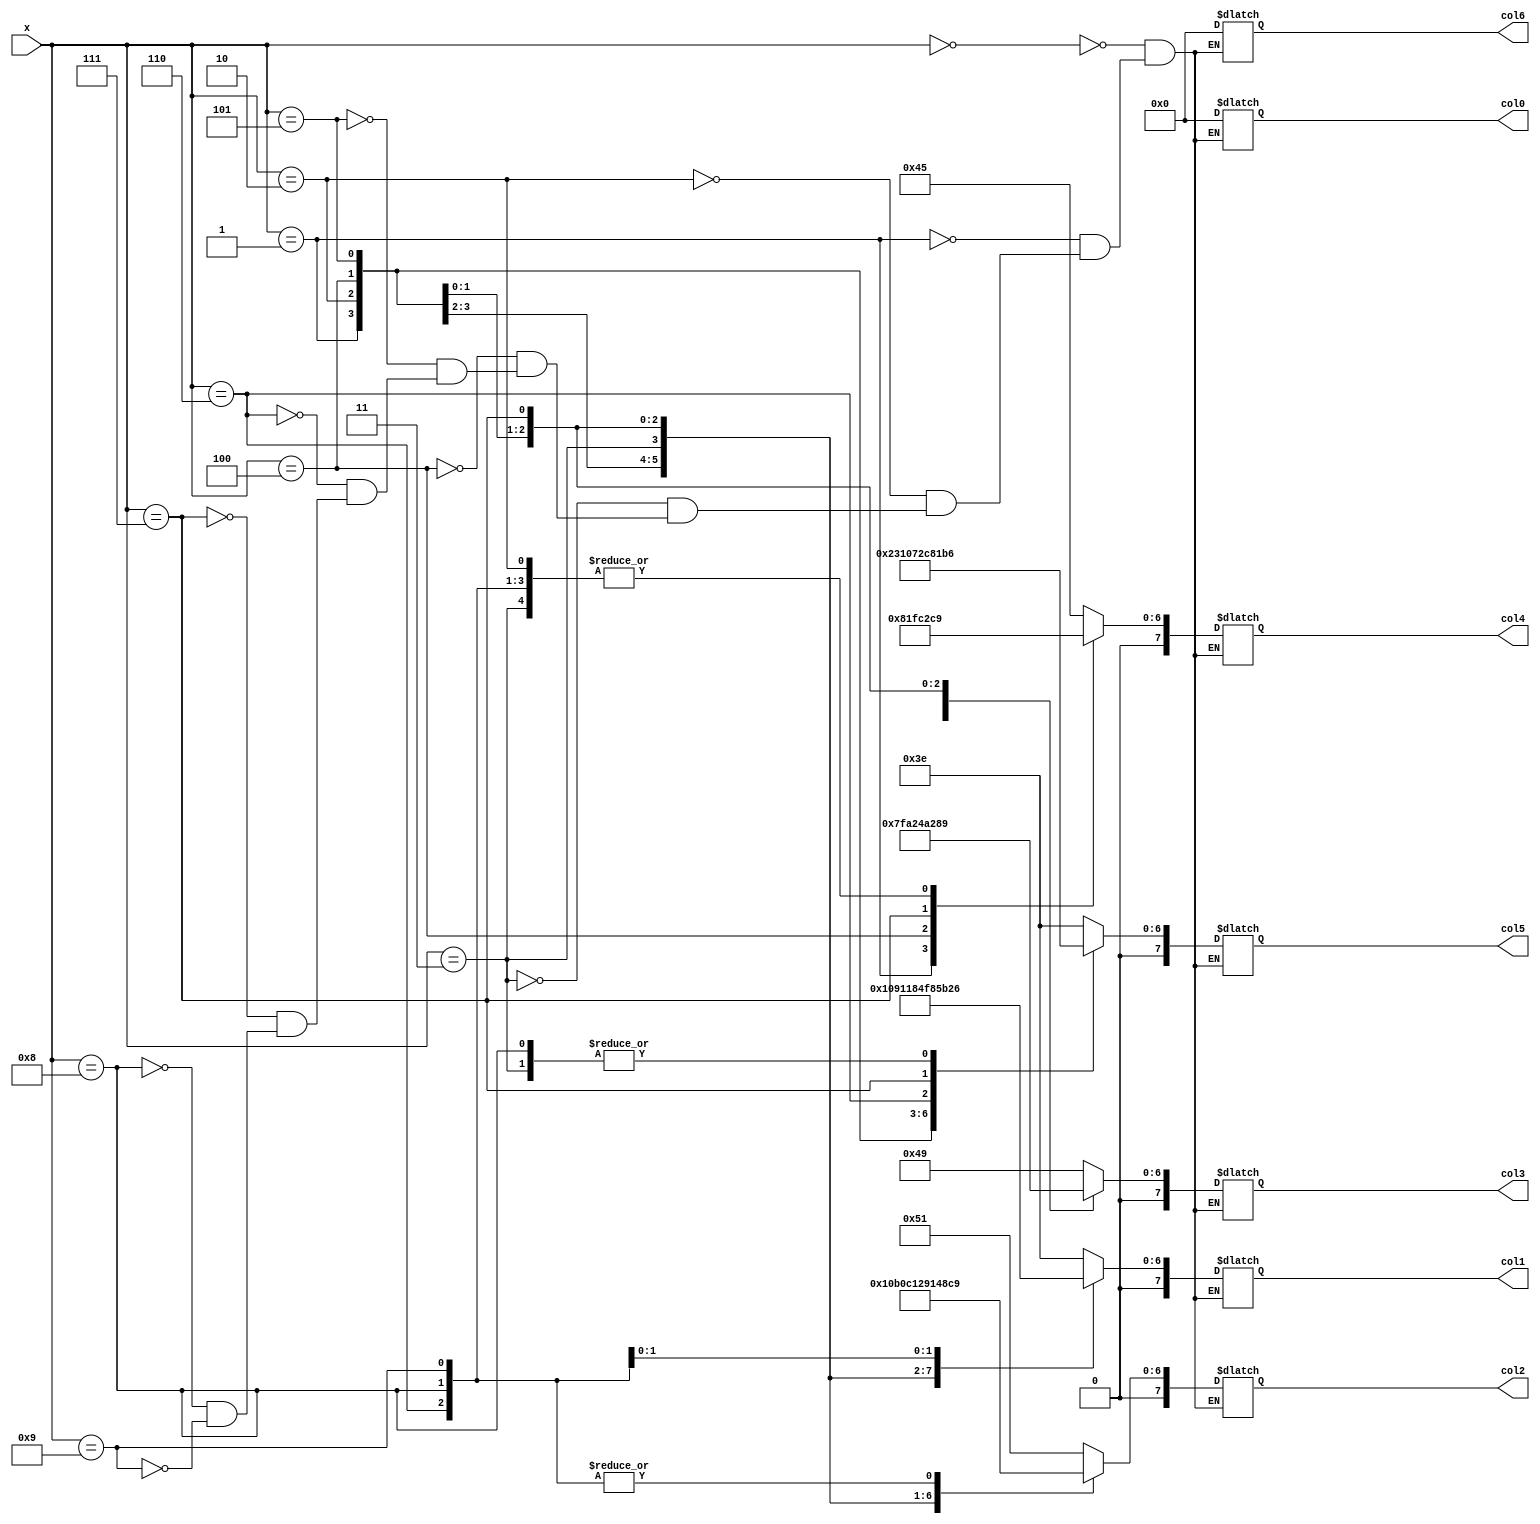
module number_rom(
	input [3:0] x,
	output reg [7:0] col0,
	output reg [7:0] col1,
	output reg [7:0] col2,
	output reg [7:0] col3,
	output reg [7:0] col4,
	output reg [7:0] col5,
	output reg [7:0] col6
);
	always @(*)begin
	case(x)
	4'b0000: // "0"  
		begin  
		col0 <= 8'b0000_0000;  
		col1 <= 8'b0011_1110;  
		col2 <= 8'b0101_0001;  
		col3 <= 8'b0100_1001;  
		col4 <= 8'b0100_0101;  
		col5 <= 8'b0011_1110;  
		col6 <= 8'b0000_0000;  
		end  
	4'b0001: // "1"  
		begin  
		col0 <= 8'b0000_0000;  
		col1 <= 8'b0000_0000;;  
		col2 <= 8'b0100_0010;  
		col3 <= 8'b0111_1111;  
		col4 <= 8'b0100_0000;  
		col5 <= 8'b0000_0000;;  
		col6 <= 8'b0000_0000;  
		end  
	4'b0010: // "2"  
		begin  
		col0 <= 8'b0000_0000;  
		col1 <= 8'b0100_0010;  
		col2 <= 8'b0110_0001;  
		col3 <= 8'b0101_0001;  
		col4 <= 8'b0100_1001;  
		col5 <= 8'b0100_0110;  
		col6 <= 8'b0000_0000;  
		end  
	4'b0011: // "3"  
		begin  
		col0 <= 8'b0000_0000;  
		col1 <= 8'b0010_0010;  
		col2 <= 8'b0100_0001;  
		col3 <= 8'b0100_1001;  
		col4 <= 8'b0100_1001;  
		col5 <= 8'b0011_0110;  
		col6 <= 8'b0000_0000;  
		end  
	4'b0100: // "4"  
		begin  
		col0 <= 8'b0000_0000;  
		col1 <= 8'b0001_1000;  
		col2 <= 8'b0001_0100;  
		col3 <= 8'b0001_0010;  
		col4 <= 8'b0111_1111;  
		col5 <= 8'b0001_0000;  
		col6 <= 8'b0000_0000;  
		end  
	4'b0101: // "5"  
		begin  
		col0 <= 8'b0000_0000;  
		col1 <= 8'b0010_0111;  
		col2 <= 8'b0100_0101;  
		col3 <= 8'b0100_0101;  
		col4 <= 8'b0100_0101;  
		col5 <= 8'b0011_1001;  
		col6 <= 8'b0000_0000;  
		end  
	4'b0110: // "6"  
		begin  
		col0 <= 8'b0000_0000;  
		col1 <= 8'b0011_1110;  
		col2 <= 8'b0100_1001;  
		col3 <= 8'b0100_1001;  
		col4 <= 8'b0100_1001;  
		col5 <= 8'b0011_0010;  
		col6 <= 8'b0000_0000;  
		end  
	4'b0111: // "7"  
		begin  
		col0 <= 8'b0000_0000;  
		col1 <= 8'b0110_0001;  
		col2 <= 8'b0001_0001;  
		col3 <= 8'b0000_1001;  
		col4 <= 8'b0000_0101;  
		col5 <= 8'b0000_0011;  
		col6 <= 8'b0000_0000;  
		end  
	4'b1000: // "8"  
		begin  
		col0 <= 8'b0000_0000;  
		col1 <= 8'b0011_0110;  
		col2 <= 8'b0100_1001;  
		col3 <= 8'b0100_1001;  
		col4 <= 8'b0100_1001;  
		col5 <= 8'b0011_0110;  
		col6 <= 8'b0000_0000;  
		end  
	4'b1001: // "9"  
		begin  
		col0 <= 8'b0000_0000;  
		col1 <= 8'b0010_0110;  
		col2 <= 8'b0100_1001;  
		col3 <= 8'b0100_1001;  
		col4 <= 8'b0100_1001;  
		col5 <= 8'b0011_1110;  
		col6 <= 8'b0000_0000;  
		end  
	endcase
	
	end
endmodule